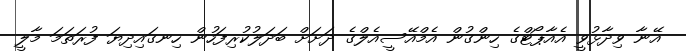
އޭނާ ވިދާޅުވީ އެއާޕޯޓްގެ ހިންގުން އެމްއޭސީއެލްގެ ދަށަށް ބަދަލުކުރިފަހުން ހިނގައިދިޔަ ފުރަތަމަ މާލީ